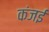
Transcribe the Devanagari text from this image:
कंजई